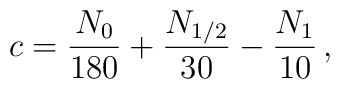
c=\frac{N_0}{180} + \frac{N_{1/2}}{30} - \frac{N_1}{10}\,,